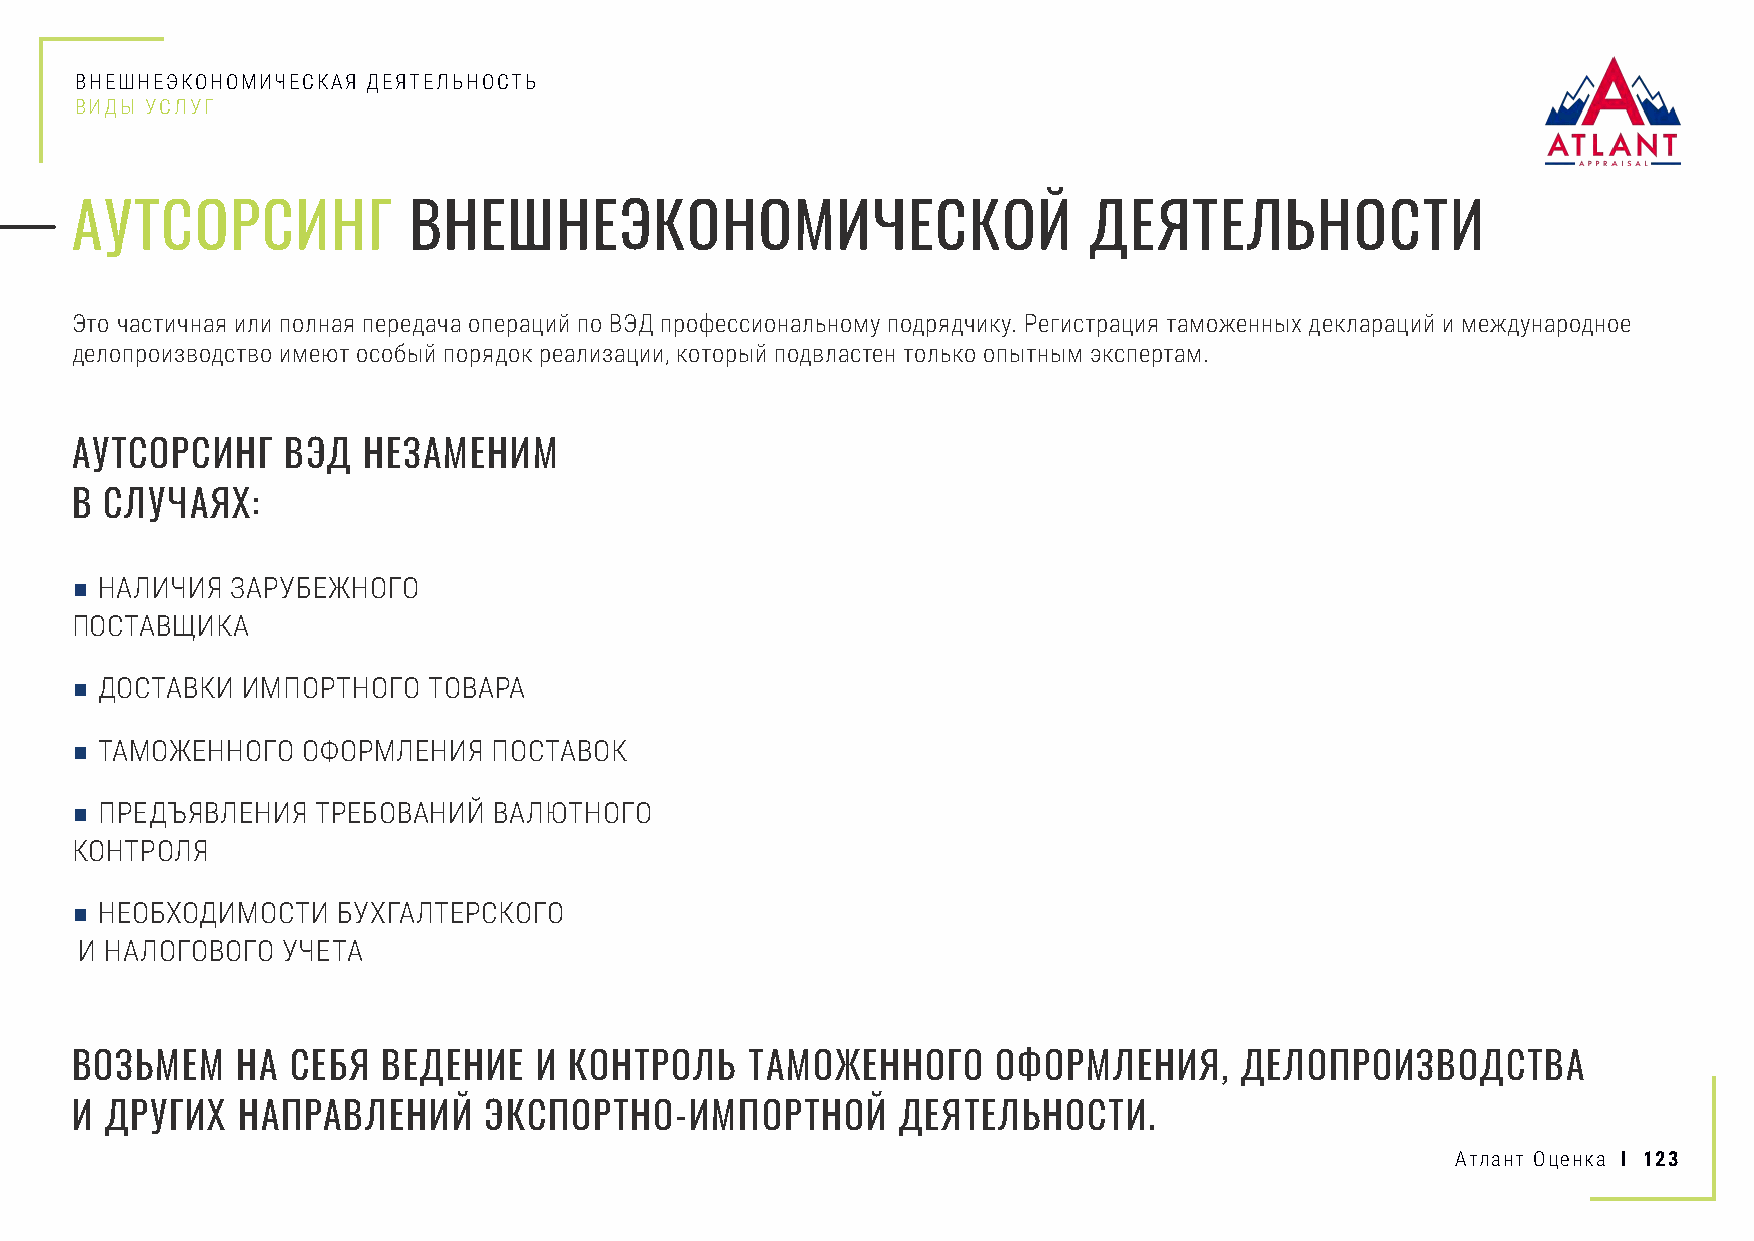
ВНЕШНЕЭКОНОМИЧЕСКАЯ ДЕЯТЕЛЬНОСТЬ
 ВИДЫ УСЛУГ
 АУТСОРСИНГ            ВНЕШНЕЭКОНОМИЧЕСКОЙ                          ДЕЯТЕЛЬНОСТИ
 Это частичная или полная передача операций по ВЭД профессиональному подрядчику. Регистрация таможенных деклараций и международное
 делопроизводство имеют особый порядок реализации, который подвластен только опытным экспертам.
 АУТСОРСИНГ    ВЭД  НЕЗАМЕНИМ
 В СЛУЧАЯХ:
 ■ НАЛИЧИЯ ЗАРУБЕЖНОГО
 ПОСТАВЩИКА
 ■ ДОСТАВКИ ИМПОРТНОГО  ТОВАРА
 ■ ТАМОЖЕННОГО  ОФОРМЛЕНИЯ   ПОСТАВОК
 ■ ПРЕДЪЯВЛЕНИЯ  ТРЕБОВАНИЙ  ВАЛЮТНОГО
 КОНТРОЛЯ
 ■ НЕОБХОДИМОСТИ  БУХГАЛТЕРСКОГО
 И НАЛОГОВОГО  УЧЕТА
 ВОЗЬМЕМ    НА СЕБЯ  ВЕДЕНИЕ   И  КОНТРОЛЬ    ТАМОЖЕННОГО     ОФОРМЛЕНИЯ,     ДЕЛОПРОИЗВОДСТВА
 И ДРУГИХ   НАПРАВЛЕНИЙ     ЭКСПОРТНО-ИМПОРТНОЙ        ДЕЯТЕЛЬНОСТИ.
 Атлант Оценка I 123